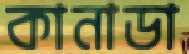
কানাডা